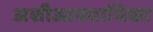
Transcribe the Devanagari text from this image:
अशीआख्यायिका